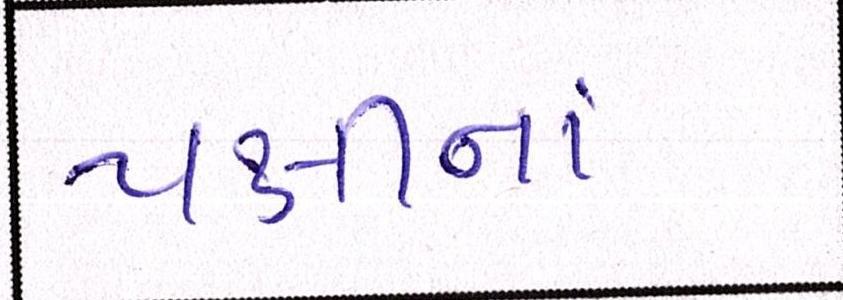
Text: પક્ષીનાં